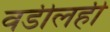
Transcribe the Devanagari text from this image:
वडीलही